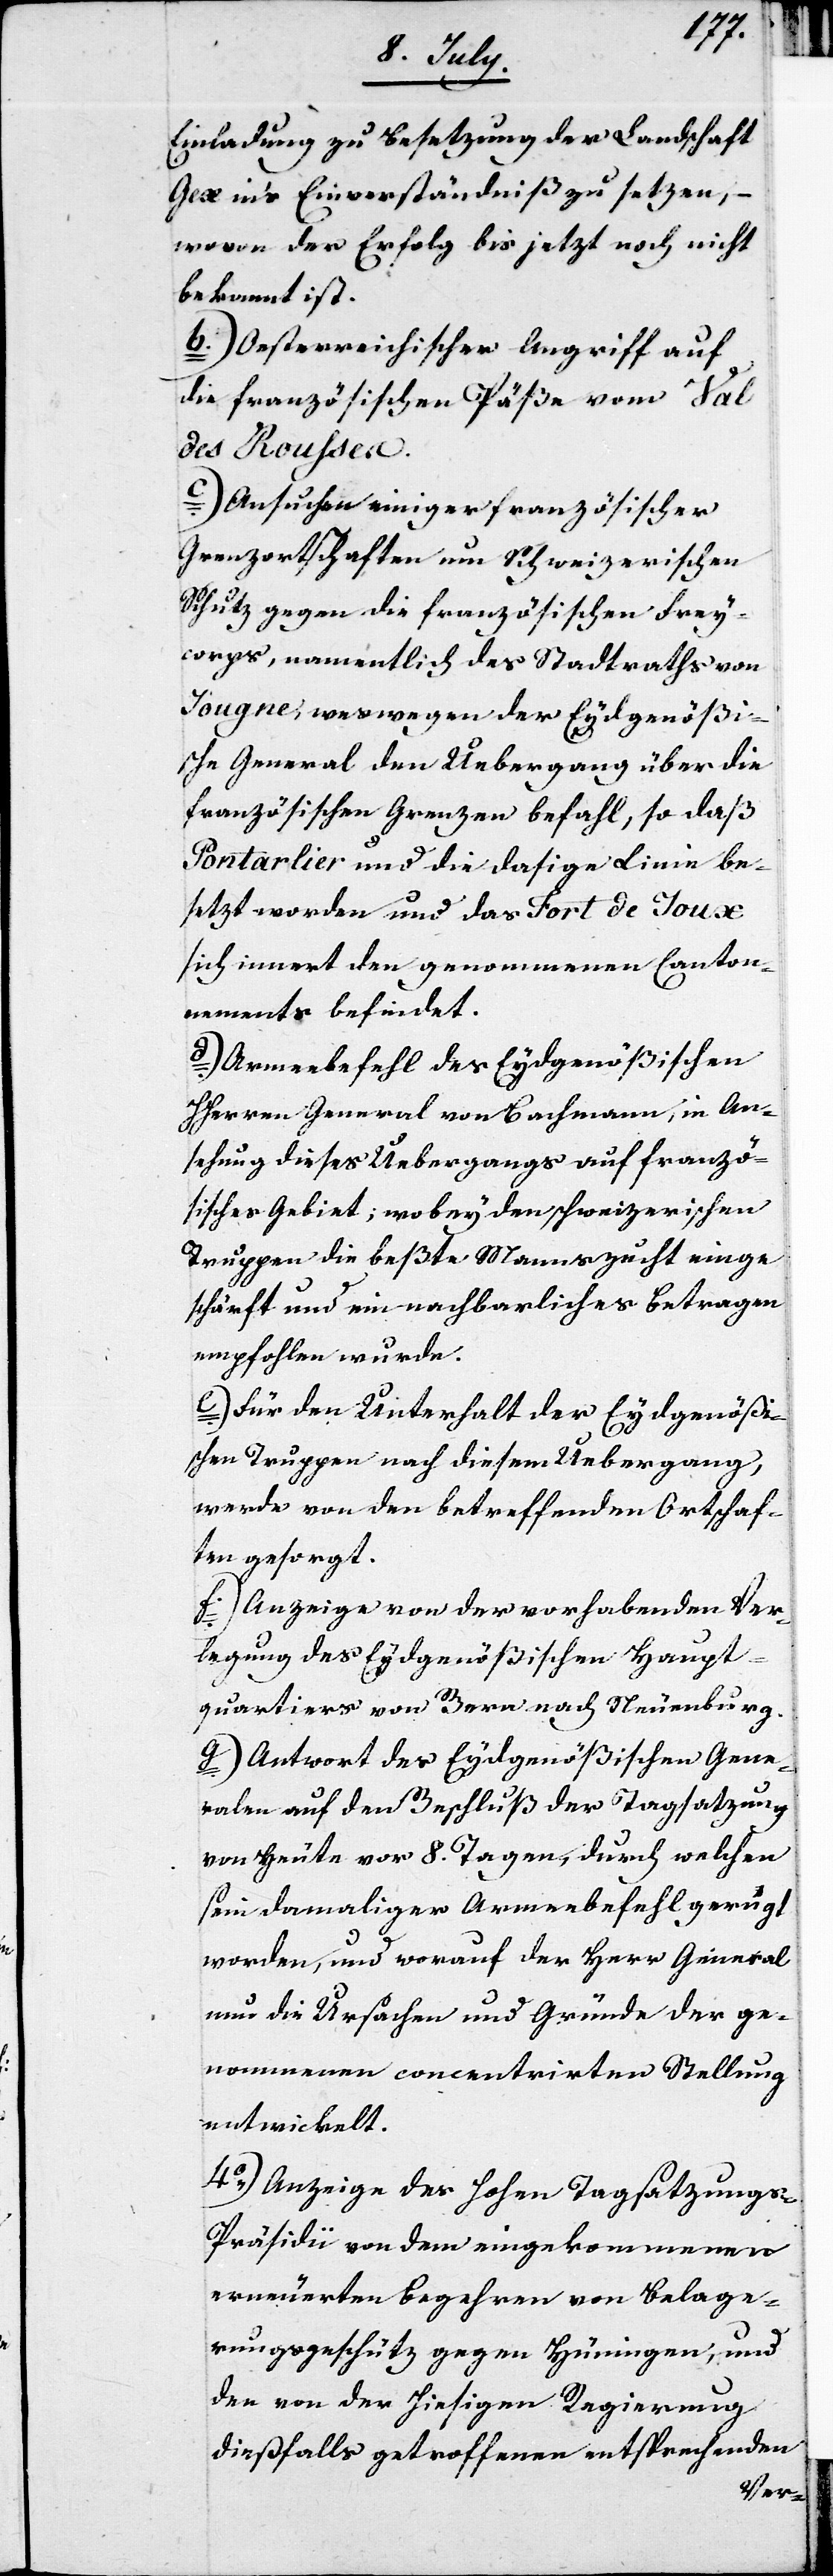
Einladung zu Besetzung der Landschaft
Gex ins Einverständniß zu setzen, –
wovon der Erfolg bis jetzt noch nicht
bekannt ist.
b. Oesterreichischer Angriff auf
die Französischen Päße vom Val
des Rousses.
c. Ansuchen einiger französischer
Grenzortschaften um schweizerischen
Schutz gegen die französischen Frey¬
corps, namentlich des Stadtraths von
Jougne, weswegen der Eydgenößi¬
sche General den Uebergang über die
französischen Grenzen befahl, so daß
Pontarlier und die dasige Linie be¬
setzt worden und das Fort de Joux
sich innert den genommenen Canton¬
nements befindet.
d. Armeebefehl des Eydgenößischen
HHerrn General von Bachmann, in An¬
sehung dieses Uebergangs auf französ¬
isches Gebiet; wobey den schweizerischen
Truppen die beßte Mannszucht einge¬
schärft und ein nachbarliches Betragen
empfohlen wurde.
e. Für den Unterhalt der Eydgenößi¬
schen Truppen nach diesem Uebergang,
werde von den betreffenden Ortschaf¬
ten gesorgt.
f. Anzeige von der vorhabenden Ver¬
legung des Eydgenößischen Haupt¬
quartiers von Bern nach Neuenburg.
g. Antwort des Eydgenößischen Gene¬
ralen auf den Beschluß der Tagsatzung
von heute vor 8. Tagen, durch welchen
sein damaliger Armeebefehl gerügt
worden, und worauf der Herr General
nur die Ursachen und Gründe der ge¬
nommenen concentrierten Stellung
entwickelt.
4.) Anzeige des Hohen Tagsatzungs-P¬
räsidii von dem eingekommenen
erneuerten Begehren von Belage¬
rungsgeschütz gegen Hüningen, und
der von der hießigen Regierung
dießfalls getroffenen entsprechenden